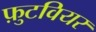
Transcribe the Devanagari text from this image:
फ़ुटवियर